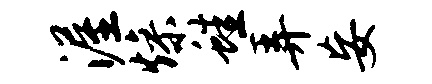
渥燥蛙弄妄